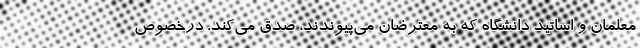
معلمان و اساتید دانشگاه که به معترضان می‌پیوندند، صدق می‌کند. درخصوص